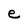
Character: e